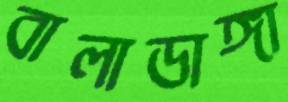
বালাডাঙ্গা